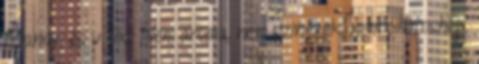
Mandy, és valódi Nem aroma, nem színezék, nem photoshop.